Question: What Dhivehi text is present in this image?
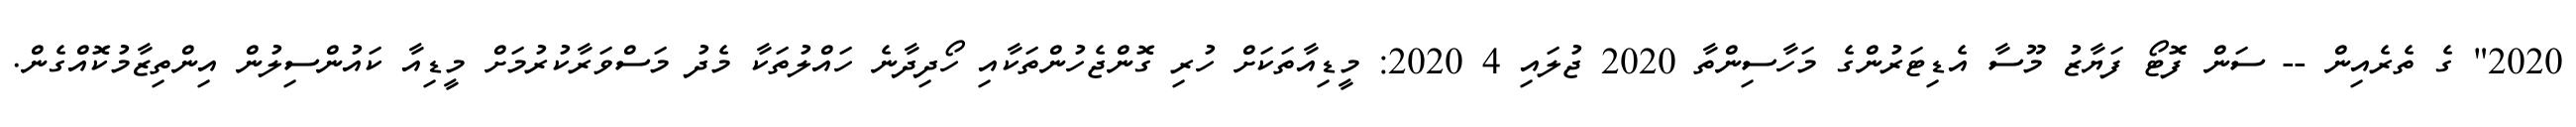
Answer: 2020" ގެ ތެރެއިން -- ސަން ފޮޓޯ ފަޔާޒު މޫސާ އެޑިޓަރުންގެ މަހާސިންތާ 2020 ޖުލައި 4 2020: މީޑިއާތަކަށް ހުރި ގޮންޖެހުންތަކާއި ހޯދިދާނެ ހައްލުތަކާ މެދު މަސްވަރާކުރުމަށް މީޑިއާ ކައުންސިލުން އިންތިޒާމުކޮއްގެން.